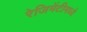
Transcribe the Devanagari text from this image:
रेजिमेंटीमध्ये